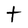
Character: t